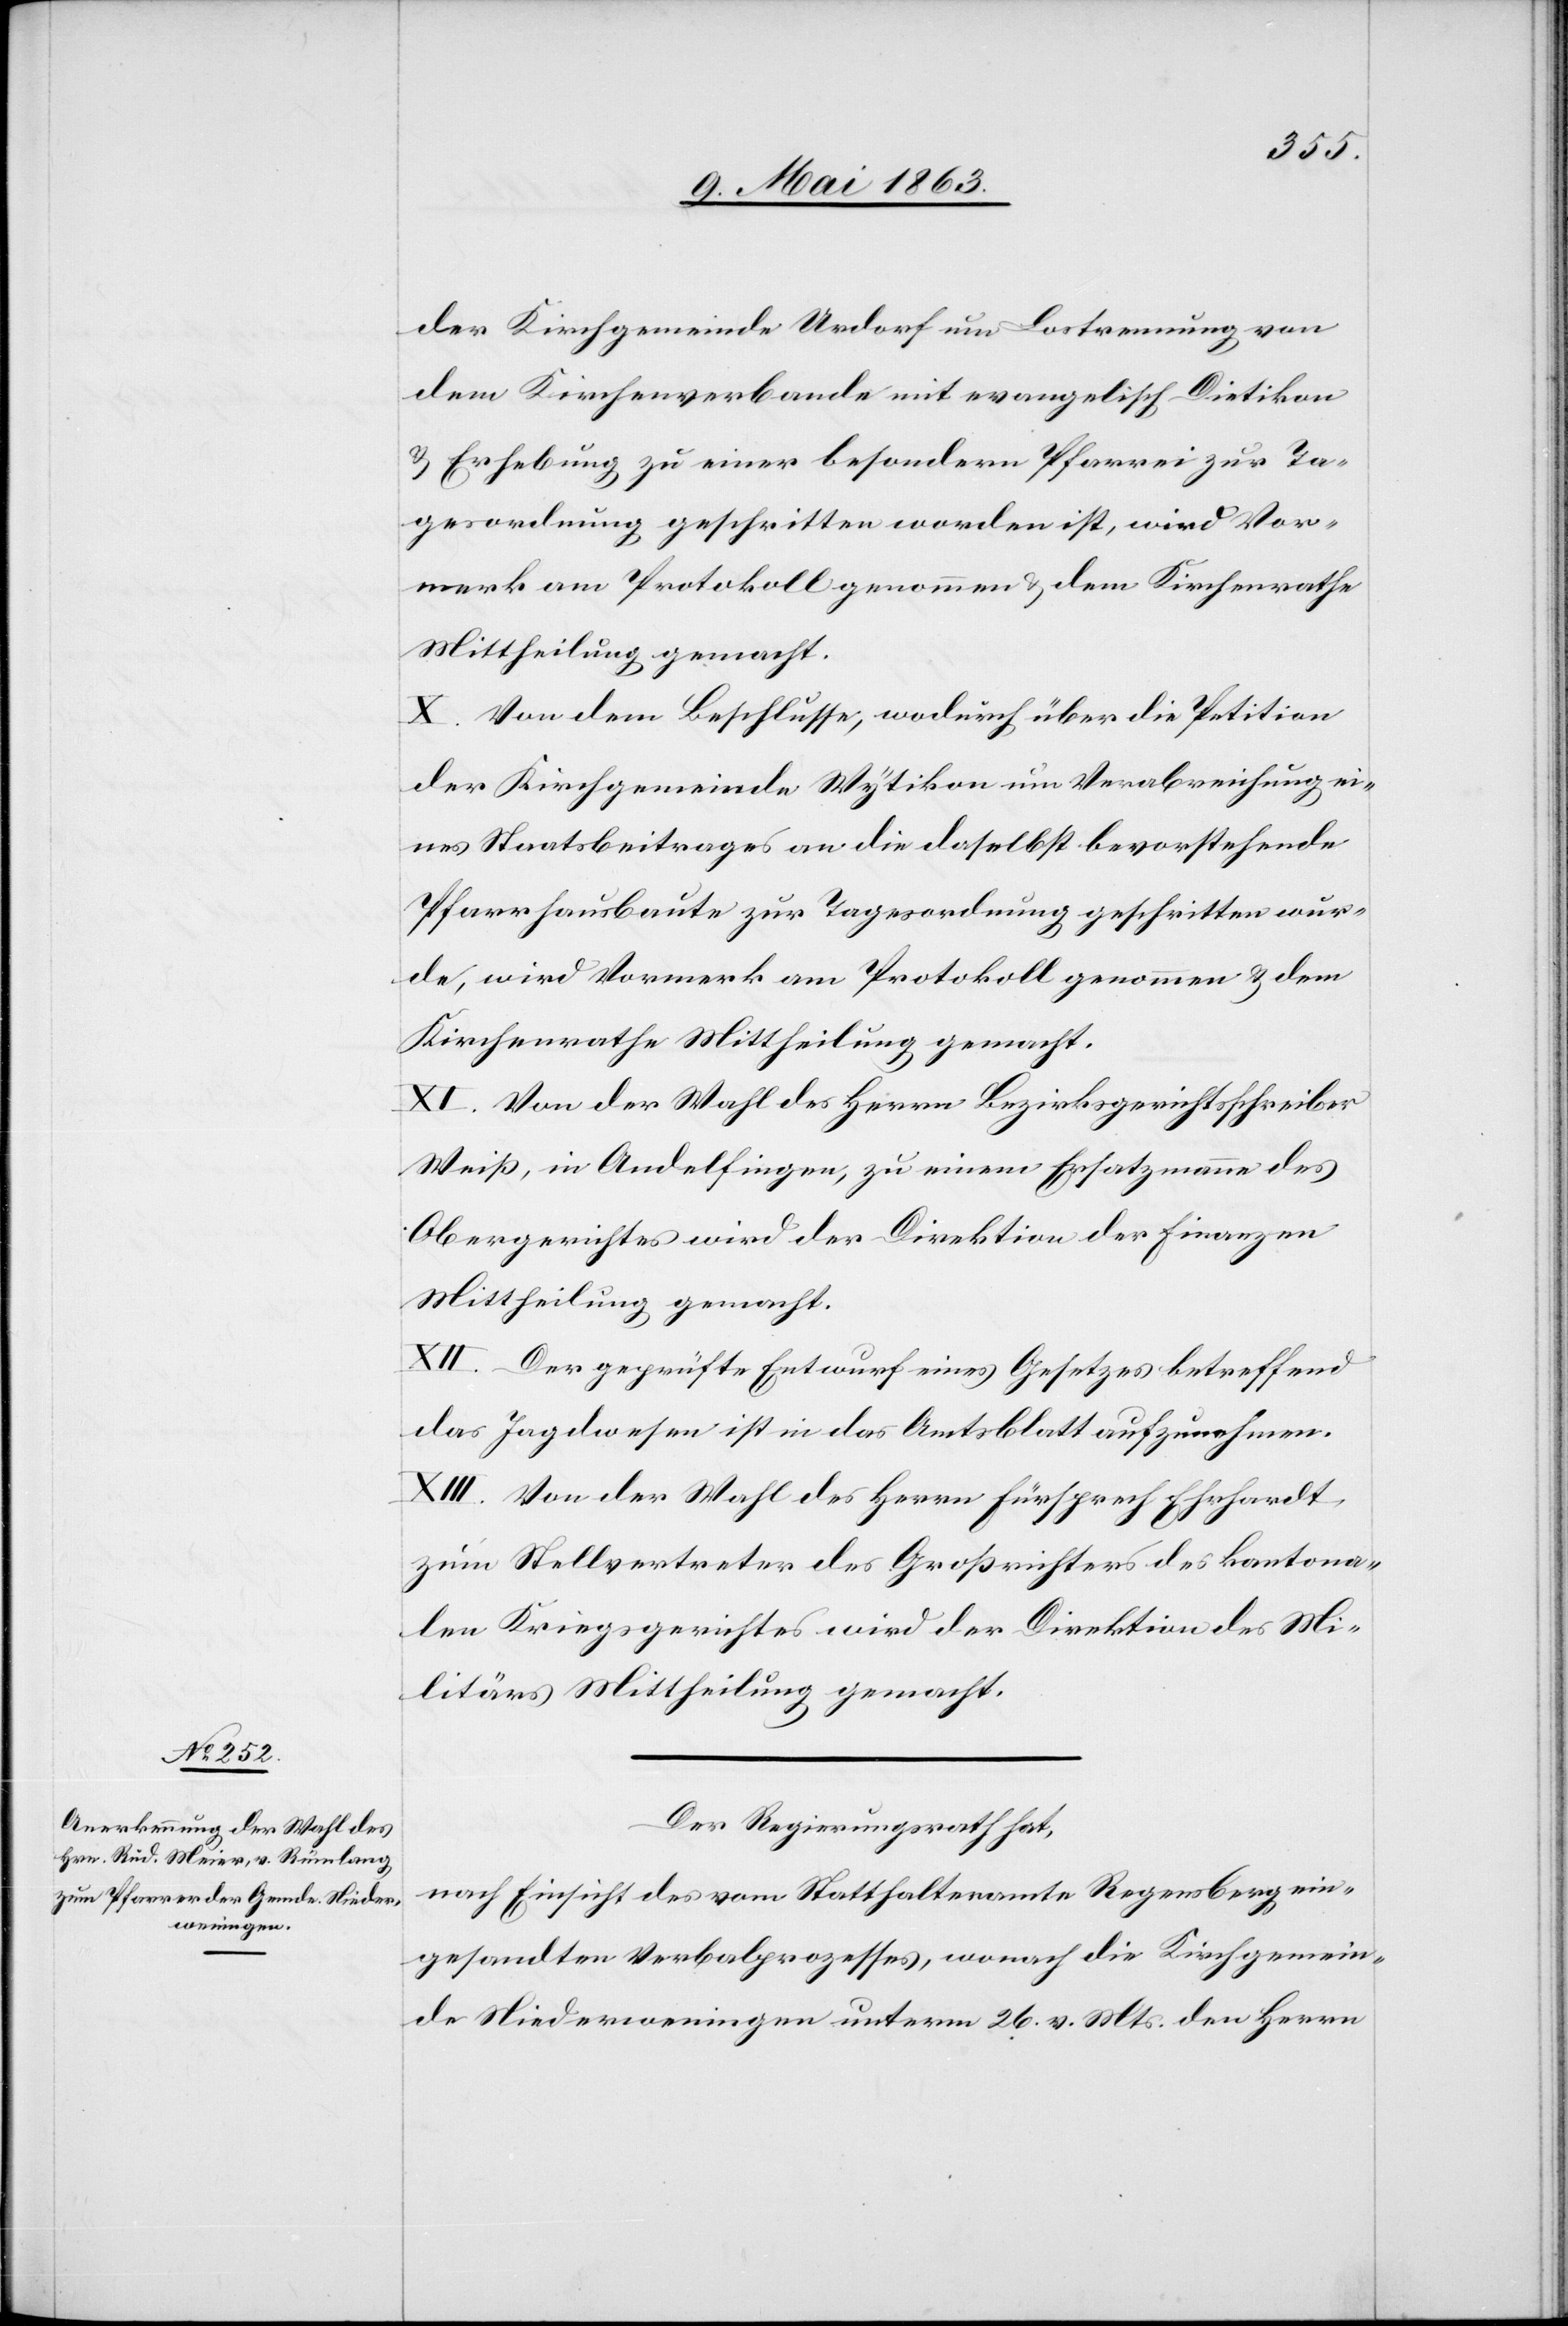
der Kirchgemeinde Urdorf um Lostrennung von
dem Kirchenverbande mit evangelisch Dietikon
& Erhebung zu einer besondern Pfarrei zur Ta¬
gesordnung geschritten worden ist, wird Vor¬
merk am Protokoll genommen & dem Kirchenrathe
Mittheilung gemacht.
X. Von dem Beschlusse, wodurch über die Petition
der Kirchgemeinde Wytikon um Verabreichung ei¬
nes Staatsbeitrages an die daselbst bevorstehende
Pfarrhausbaute zur Tagesordnung geschritten wur¬
de, wird Vormerk am Protokoll genommen & dem
Kirchenrathe Mittheilung gemacht.
XI. Von der Wahl des Herrn Bezirksgerichtsschreiber
Weiß, in Andelfingen, zu einem Ersatzmanne des
Obergerichtes wird der Direktion der Finanzen
Mittheilung gemacht.
XII. Der geprüfte Entwurf eines Gesetzes betreffend
das Jagdwesen ist in das Amtsblatt aufzunehmen.
XIII. Von der Wahl des Herrn Fürsprech Ehrhardt
zum Stellvertreter des Großrichters des kantona¬
len Kriegsgerichtes wird der Direktion des Mi¬
litärs Mittheilung gemacht.
Der Regierungsrath hat,
nach Einsicht des vom Statthalteramte Regensberg ein¬
gesandten Verbalprozesses, wonach die Kirchgemein¬
de Niederweningen unterm 26. v. Mts. den Herrn